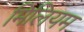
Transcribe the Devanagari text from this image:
मिलियम